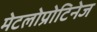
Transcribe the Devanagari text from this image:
मेटलोप्रोटिनेज